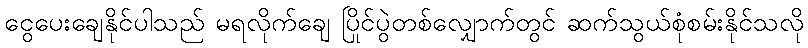
ငွေပေးချေနိုင်ပါသည် မရလိုက်ချေ ပြိုင်ပွဲတစ်လျှောက်တွင် ဆက်သွယ်စုံစမ်းနိုင်သလို